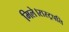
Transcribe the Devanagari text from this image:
मिले।रास्ट्रपति